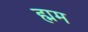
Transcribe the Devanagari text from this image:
ह्मम